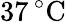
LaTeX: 37\, ^{\circ}\mathrm{C}